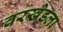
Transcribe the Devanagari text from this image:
वरखेडला